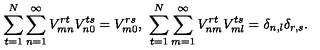
\sum _ { t = 1 } ^ { N } \sum _ { n = 1 } ^ { \infty } V _ { m n } ^ { r t } V _ { n 0 } ^ { t s } = V _ { m 0 } ^ { r s } , \ \sum _ { t = 1 } ^ { N } \sum _ { m = 1 } ^ { \infty } V _ { n m } ^ { r t } V _ { m l } ^ { t s } = \delta _ { n , l } \delta _ { r , s } .